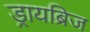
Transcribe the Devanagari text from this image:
ड्रायब्रिज